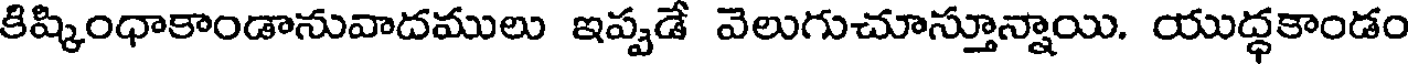
కిష్కింధాకాండానువాదములు ఇప్పడే వెలుగుచూస్తూన్నాయి. యుద్ధకాండం